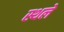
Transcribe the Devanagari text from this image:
स्थले